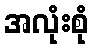
အလုံးစုံ